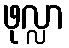
ဖုလ္လာ